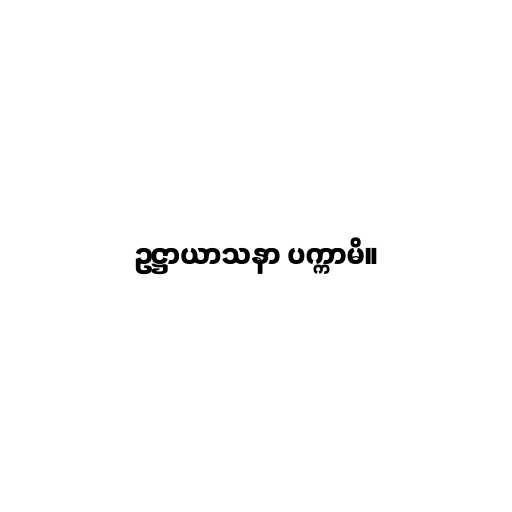
ဥဋ္ဌာယာသနာ ပက္ကာမိ။